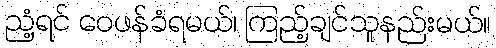
ညံ့ရင် ဝေဖန်ခံရမယ်၊ ကြည့်ချင်သူနည်းမယ်။